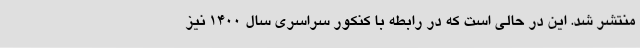
منتشر شد. این در حالی است که در رابطه با کنکور سراسری سال ۱۴۰۰ نیز